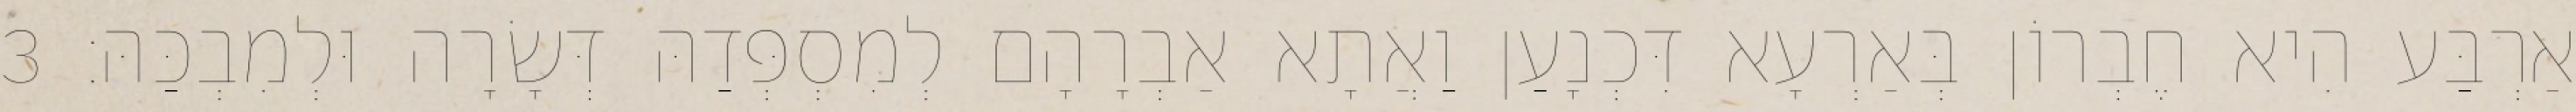
אַרְבַּע הִיא חֶבְרוֹן בְּאַרְעָא דִּכְנָעַן וַאֲתָא אַבְרָהָם לְמִסְפְּדַהּ דְּשָׂרָה וּלְמִבְכַּהּ׃ 3